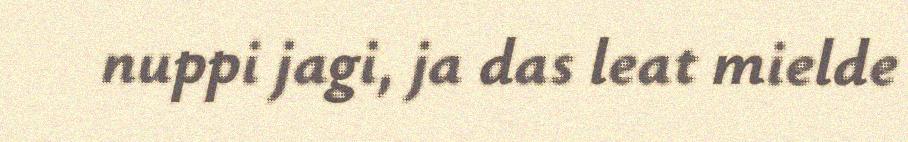
nuppi jagi, ja das leat mielde